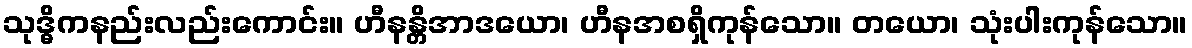
သုဒ္ဓိကနည်းလည်းကောင်း။ ဟီနန္တိအာဒယော၊ ဟီနအစရှိကုန်သော။ တယော၊ သုံးပါးကုန်သော။